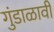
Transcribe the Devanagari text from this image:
गुंडाळावी